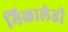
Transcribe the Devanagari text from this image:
मिळालेही